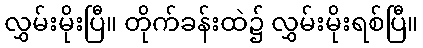
လွှမ်းမိုးပြီ။ တိုက်ခန်းထဲ၌ လွှမ်းမိုးရစ်ပြီ။